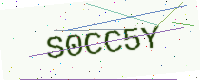
Text: S0CC5Y